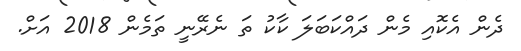
ދެން އެކޮއި މެން ދައްކަބަލަ ކާކު ތަ ނެރޭނީ ތަމެން 2018 އަށް.